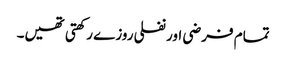
تمام فرضی اور نفلی روزے رکھتی تھیں۔